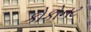
કોકોનટ